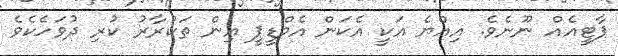
ޕާޓީއެއް ނޫނެވެ. އިއްޔެ އަކީ އެކަން އެމްޑީޕީ އިން ތަކުރާރު ކުރި ދުވަހެކެވެ